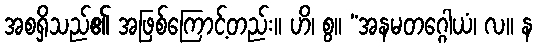
အစရှိသည်၏ အဖြစ်ကြောင့်တည်း။ ဟိ၊ စွ။ “အနမတဂ္ဂေါယံ၊ လ။ န